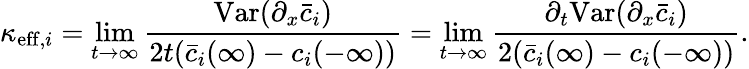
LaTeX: \kappa_{\mathrm{eff},i}=\operatorname*{lim}_{t\rightarrow\infty}\frac{\mathrm{Var}(\partial_{x}\bar{c}_{i})}{2t(\bar{c}_{i}(\infty)-c_{i}(-\infty))}=\operatorname*{lim}_{t\rightarrow\infty}\frac{\partial_{t}\mathrm{Var}(\partial_{x}\bar{c}_{i})}{2(\bar{c}_{i}(\infty)-c_{i}(-\infty))}.